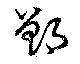
鄫